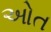
ઓત